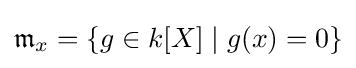
{\mathfrak {m}}_{x}=\{g\in k[X]\mid g(x)=0\}